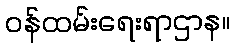
ဝန်ထမ်းရေးရာဌာန။